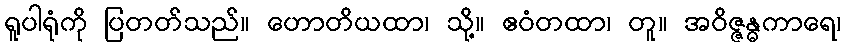
ရူပါရုံကို ပြတတ်သည်။ ဟောတိယထာ၊ သို့။ ဧဝံတထာ၊ တူ။ အဝိဇ္ဇန္ဓကာရေ၊